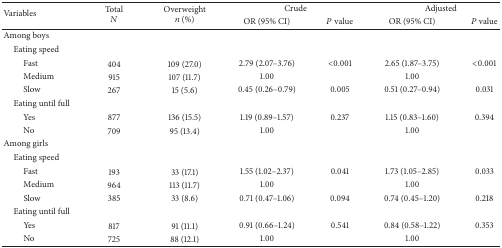
| <ROWSPAN=2> Variables | <ROWSPAN=2> TotalN | <ROWSPAN=2> Overweightn (%) | <COLSPAN=2> Crude | <COLSPAN=2> Adjusted |
 | OR (95% CI) | P value | OR (95% CI) | P value |
 | --- | --- | --- | --- | --- | --- | --- |
 | Among boys |  |  |  |  |  |  |
 | Eating speed |  |  |  |  |  |  |
 | Fast | 404 | 109 (27.0) | 2.79 (2.07–3.76) | <0.001 | 2.65 (1.87–3.75) | <0.001 |
 | Medium | 915 | 107 (11.7) | 1.00 |  | 1.00 |  |
 | Slow | 267 | 15 (5.6) | 0.45 (0.26–0.79) | 0.005 | 0.51 (0.27–0.94) | 0.031 |
 | Eating until full |  |  |  |  |  |  |
 | Yes | 877 | 136 (15.5) | 1.19 (0.89–1.57) | 0.237 | 1.15 (0.83–1.60) | 0.394 |
 | No | 709 | 95 (13.4) | 1.00 |  | 1.00 |  |
 | Among girls |  |  |  |  |  |  |
 | Eating speed |  |  |  |  |  |  |
 | Fast | 193 | 33 (17.1) | 1.55 (1.02–2.37) | 0.041 | 1.73 (1.05–2.85) | 0.033 |
 | Medium | 964 | 113 (11.7) | 1.00 |  | 1.00 |  |
 | Slow | 385 | 33 (8.6) | 0.71 (0.47–1.06) | 0.094 | 0.74 (0.45–1.20) | 0.218 |
 | Eating until full |  |  |  |  |  |  |
 | Yes | 817 | 91 (11.1) | 0.91 (0.66–1.24) | 0.541 | 0.84 (0.58–1.22) | 0.353 |
 | No | 725 | 88 (12.1) | 1.00 |  | 1.00 |  |